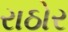
રાઠોર